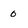
Character: 0